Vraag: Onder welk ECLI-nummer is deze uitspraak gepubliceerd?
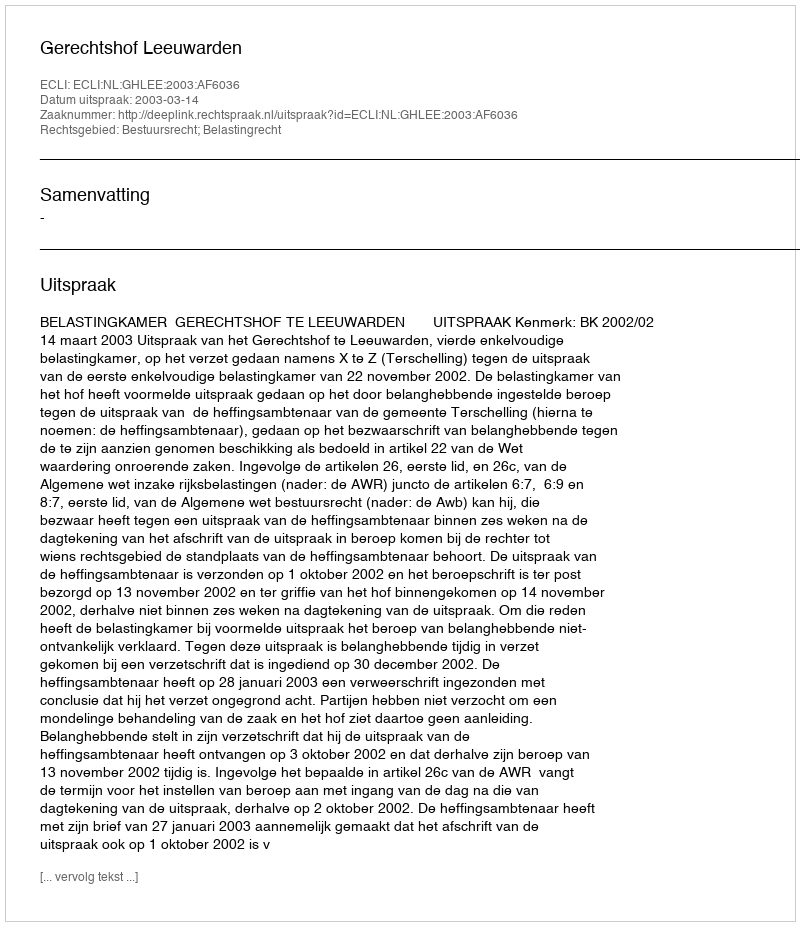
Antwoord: ECLI:NL:GHLEE:2003:AF6036